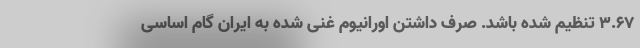
۳.۶۷ تنظیم شده باشد. صرف داشتن اورانیوم غنی شده به ایران گام اساسی